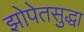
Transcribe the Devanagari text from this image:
झोपेतसुद्धा